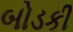
બોડકી